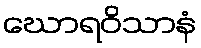
ဃောရဝိသာနံ